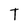
Character: T